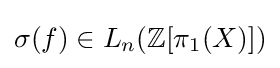
\sigma (f)\in L_{n}(\mathbb {Z} [\pi _{1}(X)])